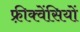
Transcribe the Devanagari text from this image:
फ़्रीक्वेंसियों